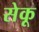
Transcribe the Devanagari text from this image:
सेकू